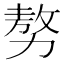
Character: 𠢕